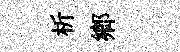
析鄉